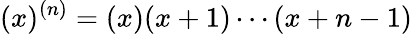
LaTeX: (x)^{(n)}=(x)(x+1)\cdots(x+n-1)